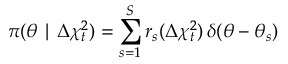
\pi ( \theta \mid \Delta \chi _ { t } ^ { 2 } ) = \sum _ { s = 1 } ^ { S } r _ { s } ( \Delta \chi _ { t } ^ { 2 } ) \, \delta ( \theta - \theta _ { s } )